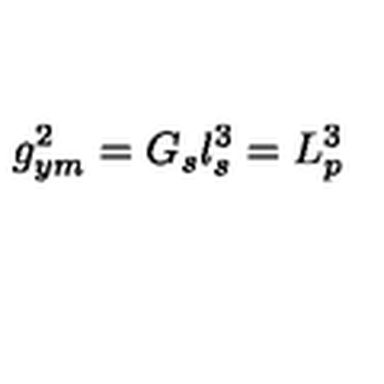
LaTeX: g _ { y m } ^ { 2 } = G _ { s } l _ { s } ^ { 3 } = L _ { p } ^ { 3 }